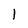
Character: l